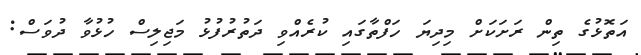
އަތޮޅުގެ ތިން ރަށަކަށް މިދިޔަ ހަފްތާގައި ކުރެއްވި ދަތުރުފުޅު މަޖިލިސް ހުޅުވާ ދުވަސް: